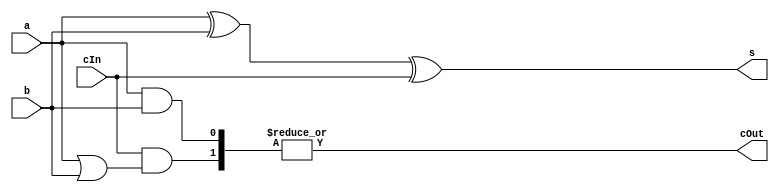
/* N-bit carry look-ahead adder block */
module claBlock#(parameter N = 1)(
    output [N - 1:0] s, // Sum bits
    output cOut, // Output carry
    input [N - 1:0] a, // Operand a
    input [N - 1:0] b, // Operand b
    input cIn // Input carry
);
    // Generate terms
    wire [N - 1:0] g;
    // Propagate terms
    wire [N - 1:0] p;
    // Intermediate carry terms
    wire [N:0] c;
    
    wire [N:0] cProducts [N:1];
     
    /* Assign the input and output carries to their respective vector
       locations */
    assign c[0] = cIn;
    assign cOut = c[N];
    
    // Generate block iterators
    genvar i;
    genvar j;
    
    generate
        // Prepare the generate and propagate terms
        for(i = 0; i < N; i = i + 1) begin: generateAndPropagate
            and(g[i], a[i], b[i]);
            or(p[i], a[i], b[i]);
        end
        
        // Prepare the carry terms
        for(i = 1; i <= N; i = i + 1) begin: carryGenerate
            assign cProducts[i][0] = cIn & (&p[i - 1:0]);
            assign cProducts[i][i] = g[i - 1];
            for(j = 1; j < i; j = j + 1) begin: carryProductTermGenerate
                assign cProducts[i][j] = g[j - 1] & (&p[i - 1:j]);
            end
            
            assign c[i] = |cProducts[i][i:0];
        end
        
        // Sum the bits
        for(i = 0; i < N; i = i + 1) begin: sums
            xor(s[i], a[i], b[i], c[i]);
        end
    endgenerate
endmodule